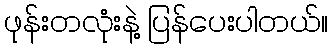
ဖုန်းတလုံးနဲ့ ပြန်ပေးပါတယ်။